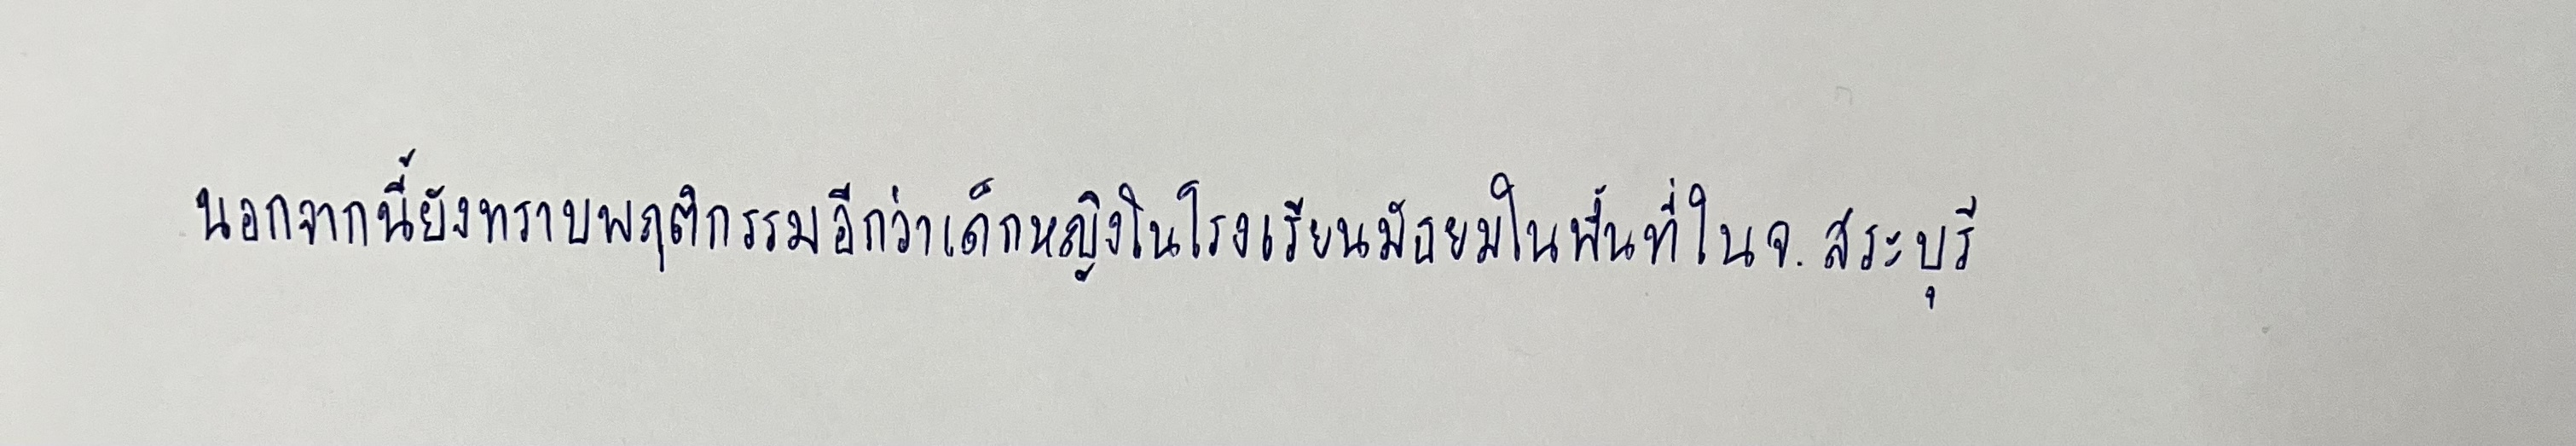
นอกจากนี้ยังทราบพฤติกรรมอีกว่าเด็กหญิงในโรงเรียนมัธยมในพื้นที่ในจ.สระบุรี